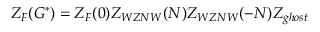
Z _ { F } ( G ^ { * } ) = Z _ { F } ( 0 ) Z _ { W Z N W } ( N ) Z _ { W Z N W } ( - N ) Z _ { g h o s t }